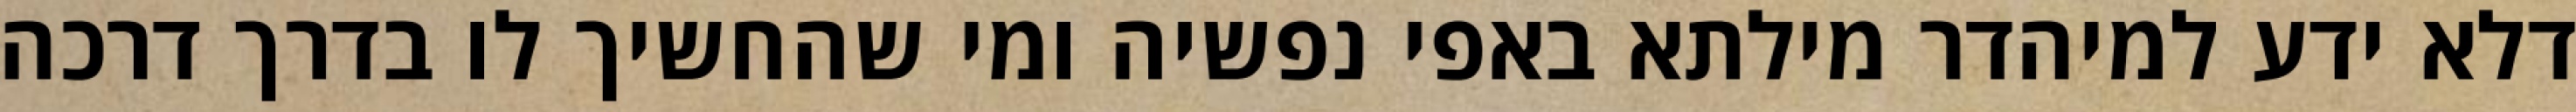
דלא ידע למיהדר מילתא באפי נפשיה ומי שהחשיך לו בדרך דרכה